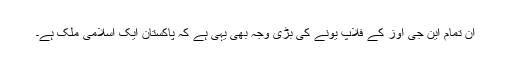
ان تمام این جی اوز کے فلاپ یونے کی بڑی وجہ بھی یہی ہے کہ پاکستان ایک اسلامی ملک ہے۔